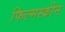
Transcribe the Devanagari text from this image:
फिल्मस्क्रीन